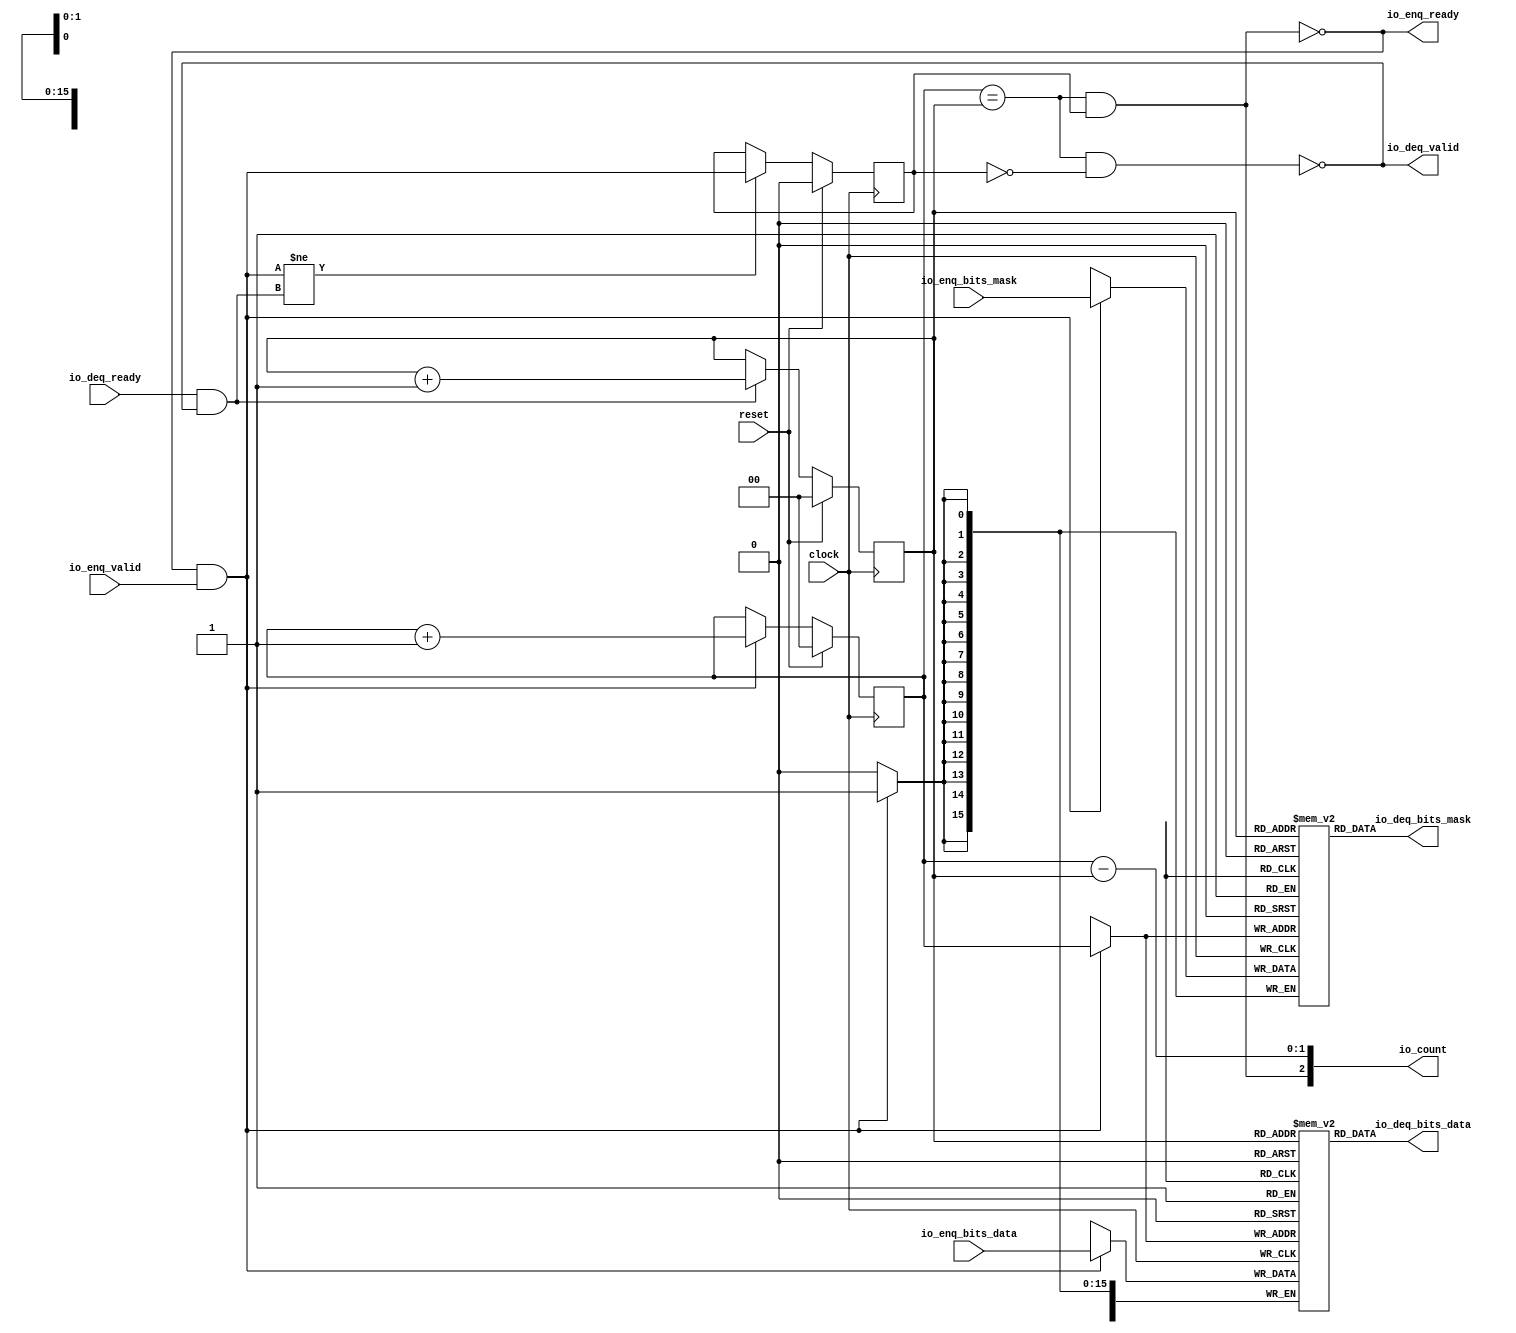
module Queue_31(
  input   clock,
  input   reset,
  output  io_enq_ready,
  input   io_enq_valid,
  input  [15:0] io_enq_bits_mask,
  input  [127:0] io_enq_bits_data,
  input   io_deq_ready,
  output  io_deq_valid,
  output [15:0] io_deq_bits_mask,
  output [127:0] io_deq_bits_data,
  output [2:0] io_count
);
  reg [15:0] ram_mask [0:3];
  reg [31:0] _GEN_0;
  wire [15:0] ram_mask__T_70_data;
  wire [1:0] ram_mask__T_70_addr;
  wire [15:0] ram_mask__T_52_data;
  wire [1:0] ram_mask__T_52_addr;
  wire  ram_mask__T_52_mask;
  wire  ram_mask__T_52_en;
  reg [127:0] ram_data [0:3];
  reg [127:0] _GEN_1;
  wire [127:0] ram_data__T_70_data;
  wire [1:0] ram_data__T_70_addr;
  wire [127:0] ram_data__T_52_data;
  wire [1:0] ram_data__T_52_addr;
  wire  ram_data__T_52_mask;
  wire  ram_data__T_52_en;
  reg [1:0] _T_41;
  reg [31:0] _GEN_2;
  reg [1:0] _T_43;
  reg [31:0] _GEN_3;
  reg  maybe_full;
  reg [31:0] _GEN_4;
  wire  _T_45;
  wire  _T_47;
  wire  _T_48;
  wire  _T_49;
  wire  _T_50;
  wire  do_enq;
  wire  _T_51;
  wire  do_deq;
  wire [2:0] _T_58;
  wire [1:0] _T_59;
  wire [1:0] _GEN_5;
  wire [2:0] _T_63;
  wire [1:0] _T_64;
  wire [1:0] _GEN_6;
  wire  _T_65;
  wire  _GEN_7;
  wire  _T_67;
  wire  _T_69;
  wire [2:0] _T_73;
  wire [1:0] _T_74;
  wire  _T_75;
  wire [2:0] _T_76;
  assign io_enq_ready = _T_69;
  assign io_deq_valid = _T_67;
  assign io_deq_bits_mask = ram_mask__T_70_data;
  assign io_deq_bits_data = ram_data__T_70_data;
  assign io_count = _T_76;
  assign ram_mask__T_70_addr = _T_43;
  assign ram_mask__T_70_data = ram_mask[ram_mask__T_70_addr];
  assign ram_mask__T_52_data = io_enq_bits_mask;
  assign ram_mask__T_52_addr = _T_41;
  assign ram_mask__T_52_mask = do_enq;
  assign ram_mask__T_52_en = do_enq;
  assign ram_data__T_70_addr = _T_43;
  assign ram_data__T_70_data = ram_data[ram_data__T_70_addr];
  assign ram_data__T_52_data = io_enq_bits_data;
  assign ram_data__T_52_addr = _T_41;
  assign ram_data__T_52_mask = do_enq;
  assign ram_data__T_52_en = do_enq;
  assign _T_45 = _T_41 == _T_43;
  assign _T_47 = maybe_full == 1'h0;
  assign _T_48 = _T_45 & _T_47;
  assign _T_49 = _T_45 & maybe_full;
  assign _T_50 = io_enq_ready & io_enq_valid;
  assign do_enq = _T_50;
  assign _T_51 = io_deq_ready & io_deq_valid;
  assign do_deq = _T_51;
  assign _T_58 = _T_41 + 2'h1;
  assign _T_59 = _T_58[1:0];
  assign _GEN_5 = do_enq ? _T_59 : _T_41;
  assign _T_63 = _T_43 + 2'h1;
  assign _T_64 = _T_63[1:0];
  assign _GEN_6 = do_deq ? _T_64 : _T_43;
  assign _T_65 = do_enq != do_deq;
  assign _GEN_7 = _T_65 ? do_enq : maybe_full;
  assign _T_67 = _T_48 == 1'h0;
  assign _T_69 = _T_49 == 1'h0;
  assign _T_73 = _T_41 - _T_43;
  assign _T_74 = _T_73[1:0];
  assign _T_75 = maybe_full & _T_45;
  assign _T_76 = {_T_75,_T_74};
`ifdef RANDOMIZE
  integer initvar;
  initial begin
    `ifndef verilator
      #0.002 begin end
    `endif
  _GEN_0 = {1{$random}};
  `ifdef RANDOMIZE_MEM_INIT
  for (initvar = 0; initvar < 4; initvar = initvar+1)
    ram_mask[initvar] = _GEN_0[15:0];
  `endif
  _GEN_1 = {4{$random}};
  `ifdef RANDOMIZE_MEM_INIT
  for (initvar = 0; initvar < 4; initvar = initvar+1)
    ram_data[initvar] = _GEN_1[127:0];
  `endif
  `ifdef RANDOMIZE_REG_INIT
  _GEN_2 = {1{$random}};
  _T_41 = _GEN_2[1:0];
  `endif
  `ifdef RANDOMIZE_REG_INIT
  _GEN_3 = {1{$random}};
  _T_43 = _GEN_3[1:0];
  `endif
  `ifdef RANDOMIZE_REG_INIT
  _GEN_4 = {1{$random}};
  maybe_full = _GEN_4[0:0];
  `endif
  end
`endif
  always @(posedge clock) begin
    if(ram_mask__T_52_en & ram_mask__T_52_mask) begin
      ram_mask[ram_mask__T_52_addr] <= ram_mask__T_52_data;
    end
    if(ram_data__T_52_en & ram_data__T_52_mask) begin
      ram_data[ram_data__T_52_addr] <= ram_data__T_52_data;
    end
    if (reset) begin
      _T_41 <= 2'h0;
    end else begin
      if (do_enq) begin
        _T_41 <= _T_59;
      end
    end
    if (reset) begin
      _T_43 <= 2'h0;
    end else begin
      if (do_deq) begin
        _T_43 <= _T_64;
      end
    end
    if (reset) begin
      maybe_full <= 1'h0;
    end else begin
      if (_T_65) begin
        maybe_full <= do_enq;
      end
    end
  end
endmodule